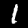
Digit: 1